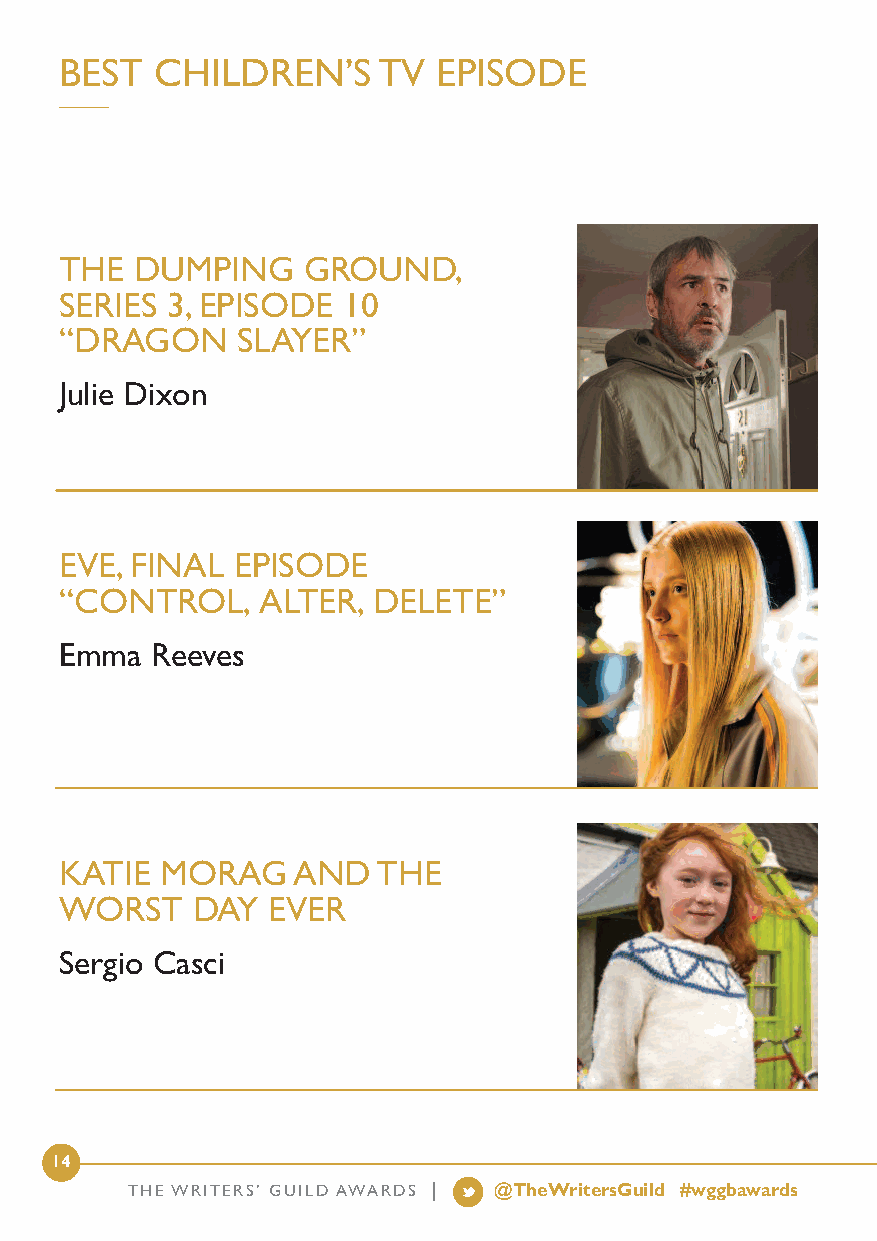
BEST  CHILDREN’S     TV  EPISODE
 THE  DUMPING    GROUND,
 SERIES 3, EPISODE  10
 “DRAGON     SLAYER”
 Julie Dixon
 EVE, FINAL EPISODE
 “CONTROL,    ALTER,  DELETE”
 Emma  Reeves
 KATIE  MORAG   AND   THE
 WORST    DAY  EVER
 Sergio Casci
 14
 THE WRITERS’ GUILD AWARDS | @TheWritersGuild #wggbawards